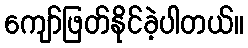
ကျော်ဖြတ်နိုင်ခဲ့ပါတယ်။